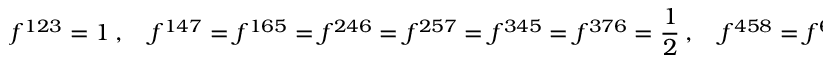
f ^ { 1 2 3 } = 1 \ , \quad f ^ { 1 4 7 } = f ^ { 1 6 5 } = f ^ { 2 4 6 } = f ^ { 2 5 7 } = f ^ { 3 4 5 } = f ^ { 3 7 6 } = { \frac { 1 } { 2 } } \ , \quad f ^ { 4 5 8 } = f ^ { 6 7 8 } = { \frac { \sqrt { 3 } } { 2 } } \ .